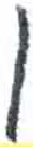
אות: ן